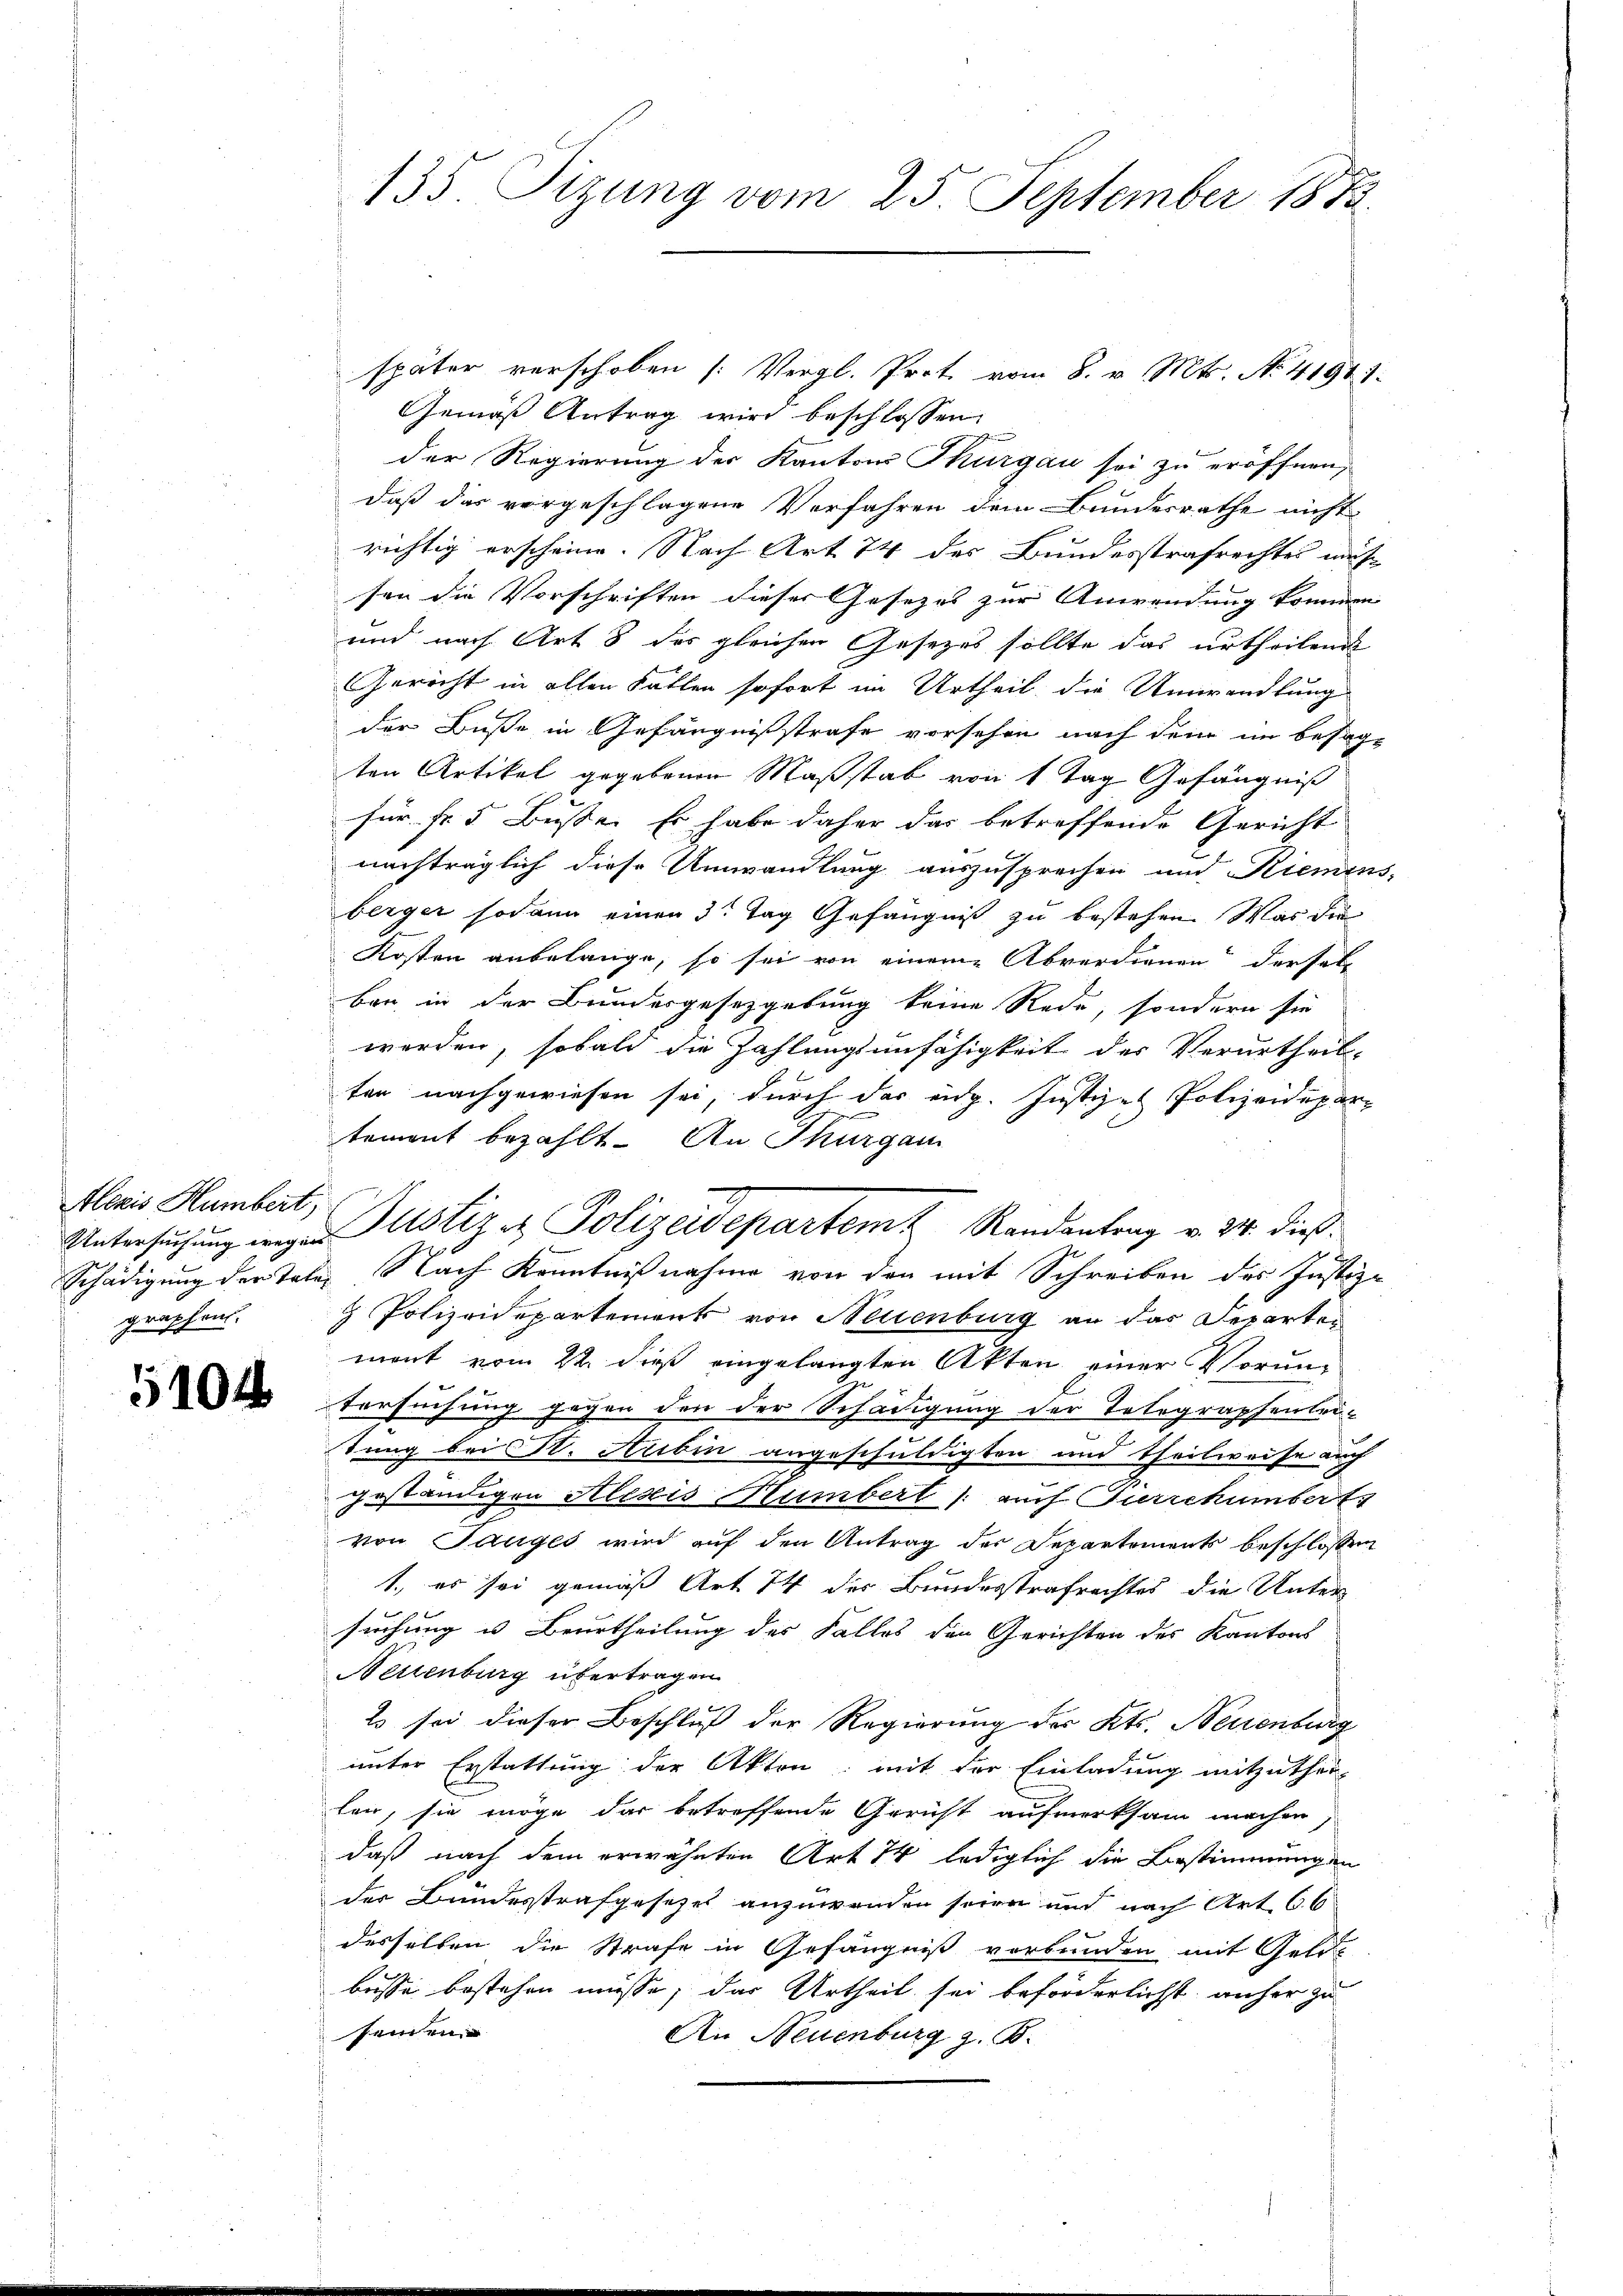
Alezis Humbert,
graphen.

5104

135 Tizung vom 25. September 1873.

später verschoben (Vergl. Prot vom 8. v. Mts. No. 41911.
Gemäß Antrag wird beschlossen:
der Regierung der Kantons Thurgau sei zu eröffnen,
daß das vorgeschlagene Verfahren dem Bundesrathe nicht
richtig erscheine. Nach Art 74 der Bundesstrafrechtes muss
sen die Vorschriften dieser Gesezes zur Anwendung kommen |
und nach Art 8 des gleichen Gesezes sollte das urtheilende
Gericht in allen Fallen sofort im Urtheil die Umwandlung
der Buße in Gefängnißstrafe vorsehen nach dem im besagten Artikel gegebenen Maßstab von 1 Tag Gefängniß
für Fr. 5 Büsse. Er habe daher das betreffende Gericht
nachträglich diese Umwandlung auszusprechen und Riemens-
berger sodann einen 3 Tag Gefängniß zu bestehen. Was die
Kosten anbelange, so sei von einem Abverdienen derselb
ben in der Bundesgesetzgebung keine Rede, sondern sie
werden, sobald die Zahlungsunfähigkeit der Verurtheil-
ten nachgewiesen sei, durch das eidg. Justizes Polizeidepar-
tement bezahlt. An Thurgau
Schädigung der Talen Nach Kenntnißnahme von den mit Schreiben des Justiz-
 Polizeidepartement von Neuenburg an das Separten
mont vom 22. dieß eingelangten Akten einer Voruntersuchung gegen den der Schädigung der Telegraphenleitung bei Dr. Aribin angeschuldigten und theilweise auch
geständigen Alexis Humbert / auch Furrchümbert
von Tauges wird auf den Antrag der Departements beschlossen
1., es sei gemäß Art 74 der Bundesstrafrechtes die Unter
suchung u Beurtheilung des Falles den Gerichten des Kantons
Nettenburg übertragen
2 sei dieser Beschluß der Regierung des Kts. Neuenburg
unter Erstattung der Akten; mit der Einladung mitzuthei-
len, sie möge das betreffende Gericht aufmerksam machen,
daß nach dem erwähnten Art 74 lediglich die Bestimmungen
der Bundesstrafgesetzes anzuwenden seien und nach Art. 66
desselben die Strafe in Gefängniß verbunden mit Geld-
busse bestehen müsse, das Urtheil sei beförderlichst, anher zu
seinen
An Neuenburg z. B.

Untersuchung wegen Justiz & Polizeidepartem Randantrag v. 24. dieß¬